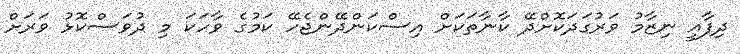
ދިފާއީ ނިޒާމު ވަރުގަދަކޮށްދޭ ކާނާތަކަށް އިސްކަންދޭންޖެހޭ ކަމުގެ ވާހަކަ މި ދުވަސްކޮޅު ވަރަށް